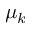
\mu _ { k }